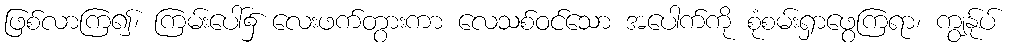
ဖြစ်လာကြ၍၊ ကြမ်းပေါ်၌ လေးဖက်တွားကာ လေသစ်ဝင်သော အပေါက်ကို စုံစမ်းရှာဖွေကြရာ၊ ကျွန်ုပ်